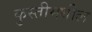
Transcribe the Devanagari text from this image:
कुस्तीमधील